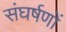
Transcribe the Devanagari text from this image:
संघर्षणों